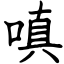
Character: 嗔